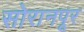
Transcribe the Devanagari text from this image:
सोरानपूर